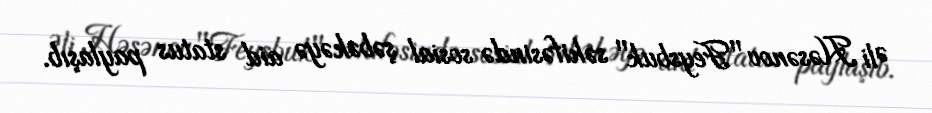
Əli Həsənov "Feysbuk" səhifəsində sosial şəbəkəyə aid status paylaşıb.